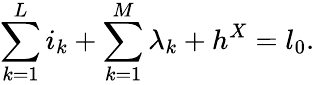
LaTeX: \sum_{k=1}^{L}i_{k}+\sum_{k=1}^{M}\lambda_{k}+h^{X}=l_{0}.